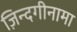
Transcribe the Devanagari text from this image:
ज़िन्दगीनामा